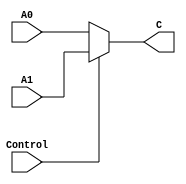
`timescale 100fs/100fs

module MUX32(A0,A1,C,Control);

// input & output
input [31:0] A0,A1;
output reg [31:0] C;
input Control;

initial begin
    C=0;
end

always @(A0,A1,Control) begin
    if (Control==0)
        C=A0;
    else 
        C=A1;
end

endmodule